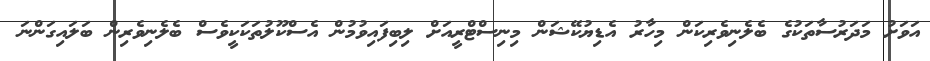
އަވަށު މަދަރުސާތަކުގެ ބެލެނިވެރިކަން މިހާރު އެޑިޔުކޭޝަން މިނިސްޓްރީއަށް ލިބިފައިިވުމުން އެސްކޫލުތަކަކީވެސް ބެލެނިވެރިން ބަލައިގަންނަ